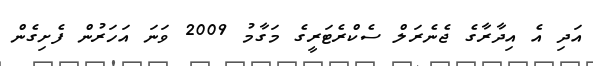
އަދި އެ އިދާރާގެ ޖެނެރަލް ސެކްރެޓަރީގެ މަގާމު 2009 ވަނަ އަހަރުން ފެށިގެން